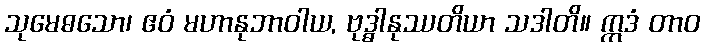
သုမေဓသော၊ ဧဝံ မဟာနုဘာဝါယ, ဗုဒ္ဓါနုဿတိယာ သဒါတိ။ ဣဒံ တာဝ